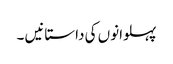
پہلوانوں کی داستانیں ۔